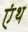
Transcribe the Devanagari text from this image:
एंथ